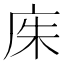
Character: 𫷨